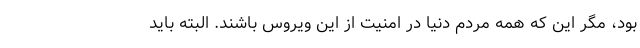
بود، مگر این که همه مردم دنیا در امنیت از این ویروس باشند. البته باید